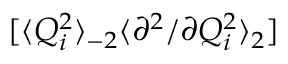
[ \langle Q _ { i } ^ { 2 } \rangle _ { - 2 } \langle { \partial ^ { 2 } } / { \partial Q _ { i } ^ { 2 } } \rangle _ { 2 } ]